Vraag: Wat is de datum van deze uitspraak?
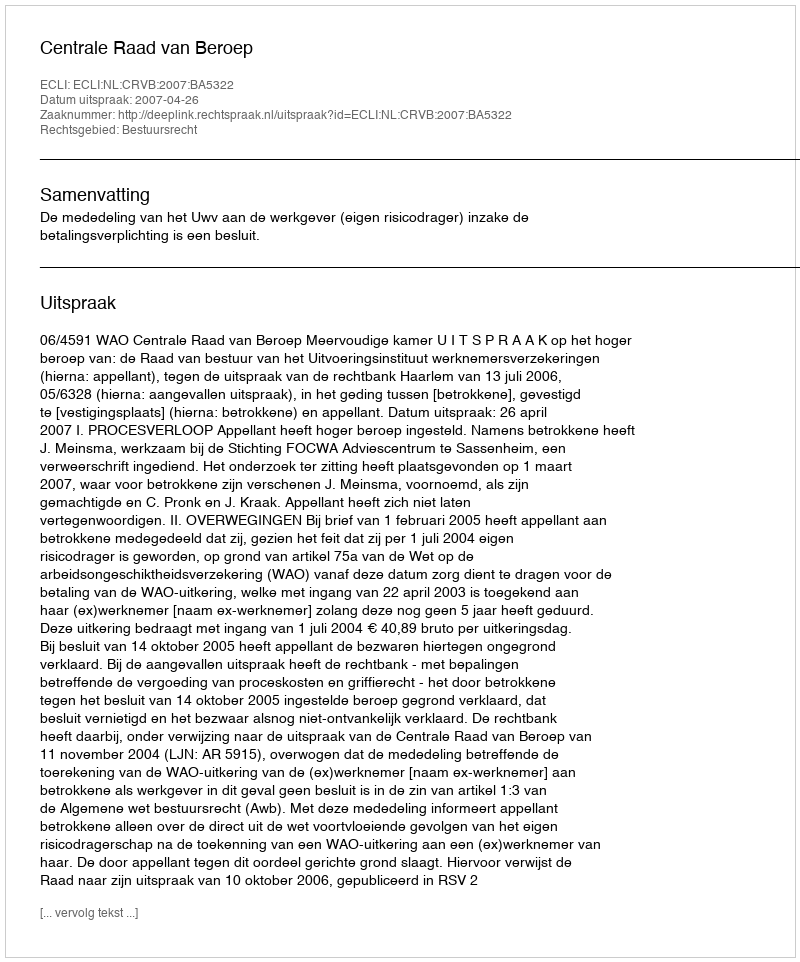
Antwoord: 2007-04-26